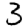
Digit: 3